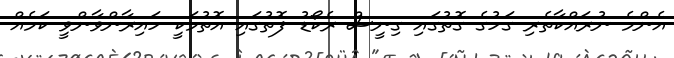
އެންމެ ނުރައްކާތެރި ގަހުގެ ގޮތުގައި ގިނީސް ރެކޯޑު ފޮތުގައި އޮތުމަކީ ހައިރާންވާންވީ ކަމެއް